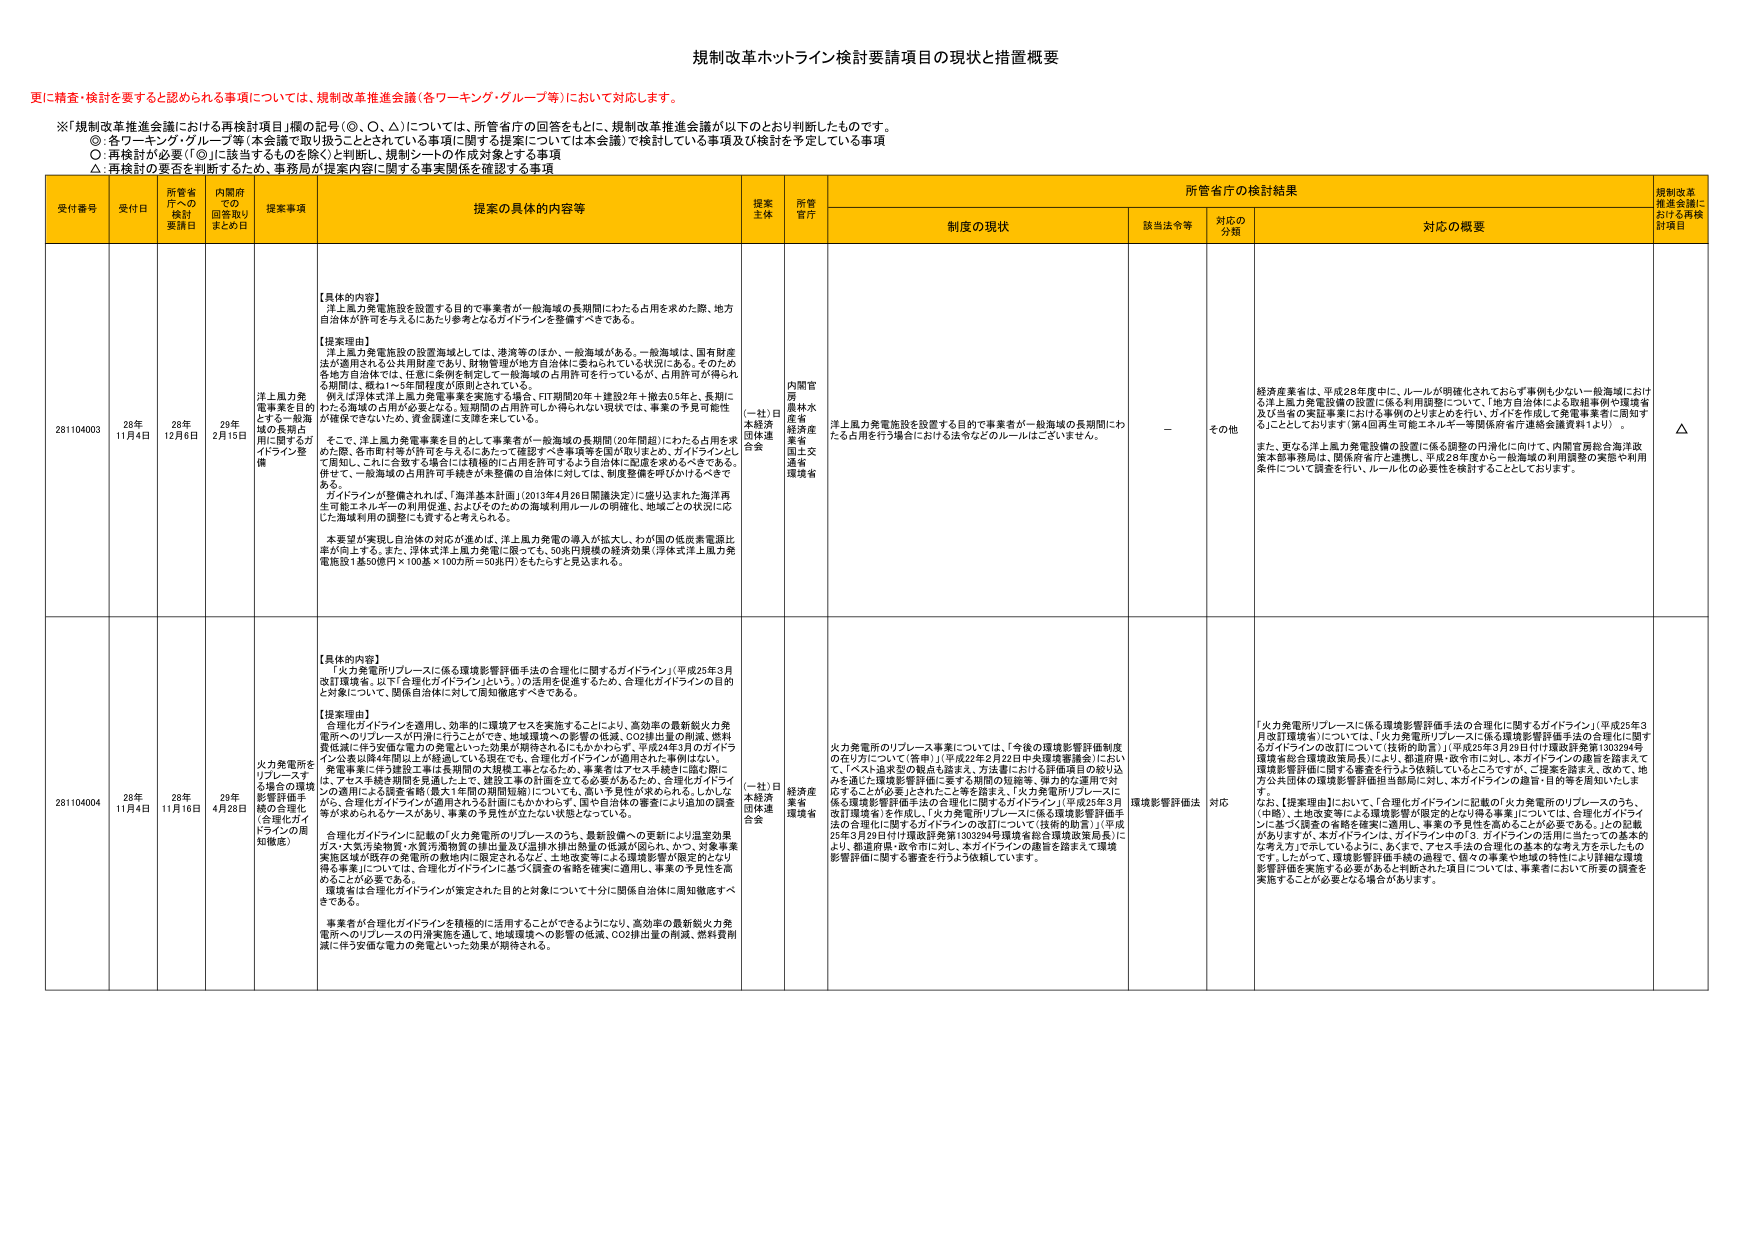
規制改革ホットライン検討要請項目の現状と措置概要

更に精査・検討を要すると認められる事項については、規制改革推進会議（各ワーキング・グループ等）において対応します。

※「規制改革推進会議における再検討項目」欄の記号（◎、○、△）については、所管省庁の回答をもとに、規制改革推進会議が以下のとおり判断したものです。
◎：各ワーキング・グループ等（本会議で取り扱うこととされている事項に関する提案については本会議）で検討している事項及び検討を予定している事項
○：再検討が必要（「◎」に該当するものを除く）と判断し、規制シートの作成対象とする事項
△：再検討の要否を判断するため、事務局が提案内容に関する事実関係を確認する事項

受付番号 受付日 所管省庁への検討要請日 内閣府での回答取りまとめ日 提案事項 提案の具体的内容等 提案主体 所管省庁 所管省庁の検討結果 規制改革推進会議における再検討項目
制度の現状 該当法令等 対応の分類 対応の概要

281104003 28年11月4日 28年12月6日 29年2月15日 洋上風力発電事業を目的とする一般海域の長期占用に関するガイドライン整備 【具体的な内容】
洋上風力発電施設を設置する目的で事業者が一般海域の長期間にわたる占用を求めた際、地方自治体が許可を与えるにあたり参考となるガイドラインを整備すべきである。

【提案理由】
洋上風力発電施設の設置海域としては、港湾等のほか、一般海域がある。一般海域は、国有財産法が適用される公共用財産であり、財物管理が地方自治体に委ねられている状況にある。そのため各地方自治体では、任意に条例を制定して一般海域の占用許可を行っているが、占用許可が得られる期間は、概ね1～5年間程度が原則とされている。
例えば洋岸域洋上風力発電事業を実施する場合、FIT期間20年＋建設2年＋撤去0.5年と、長期にわたる海域の占用が必要となる。短期間の占用許可しか得られない現状では、事業の予見可能性が確保できないため、資金調達に支障を来している。
そこで、洋上風力発電事業を目的として事業者が一般海域の長期間（20年間超）にわたる占用を求める際、各市町村等が許可を与えるにあたって確認すべき事項等を国が取りまとめ、ガイドラインとして周知し、これに合致する場合には積極的に占用を許可するよう自治体に配慮を求めるべきである。併せて、一般海域の占用許可手続を対象都市の自治体に対しては、制度整備を呼びかけるべきである。
ガイドラインが整備されれば、「海洋基本計画」（2013年4月26日閣議決定）に盛り込まれた海洋再生可能エネルギーの利用促進、およびそのための海域利用ルールの明確化、地域ごとの状況に応じた海域利用の調整にも資すると考えられる。
本要望が実現し自治体の対応が進めば、洋上風力発電の導入が拡大し、わが国の低炭素電源比率が向上する。また、浮体式洋上風力発電に限っても、50兆円規模の経済効果（浮体式洋上風力発電施設1基50億円×100基×100万所＝50兆円）をもたらすと見込まれる。 （一社）日本経済団体連合会 内閣官房
農林水産省
経済産業省
国土交通省
環境省 洋上風力発電施設を設置する目的で事業者が一般海域の長期間にわたる占用を行う場合における法令などのルールはございません。 － その他 経済産業省は、平成28年度中に、ルールが明確化されておらず事例も少ない一般海域における洋上風力発電設備の設置に係る利用調整について、「地方自治体による取組事例や環境省及び当省の実証事業における事例のとりまとめを行い、ガイドを作成して発電事業者に周知する」こととしております（第4回再生可能エネルギー等関係府省庁連絡会議資料1.4）。
また、更なる洋上風力発電設備の設置に係る調整の円滑化に向けて、内閣官房総合海洋政策本部推進局は、関係府省庁と連携し、平成28年度から一般海域の利用調整の実態や利用条件について調査を行い、ルール化の必要性を検討することとしております。 △

281104004 28年11月4日 28年11月16日 29年4月26日 火力発電所をリプレースする場合の環境影響評価手続の合理化（合理化ガイドラインの周知徹底） 【具体的な内容】
「火力発電所リプレースに係る環境影響評価手法の合理化に関するガイドライン」（平成23年3月改訂環境省、以下「合理化ガイドライン」という。）の活用を促進するため、合理化ガイドラインの目的と対象について、関係自治体に対して周知徹底すべきである。

【提案理由】
合理化ガイドラインを適用し、効率的に環境アセスを実施することにより、高効率の最新鋭火力発電所へのリプレースが円滑に行うことができる。地域環境への影響の低減、CO2排出量の削減、燃料費低減に伴う設備発電力の発電といった効果が期待されるにもかかわらず、平成24年3月のガイドライン公表以降4年間以上が経過している現在でも、合理化ガイドラインが適用された事例はない。
発電事業に伴う建設工事は長期間の大規模工事となるため、事業者はアセス手続きに臨む際に、アセス手続き期間を見通した上で、建設工事の計画を立てる必要があるため、合理化ガイドラインの適用による調査を終了最大1年間の期間短縮については、高い予見性が求められる。しかしながら、合理化ガイドラインが適用される3計画にもかかわらず、国や自治体の審査により追加の調査等が求められるケースがあり、事業の予見性が立たない状態となっている。
合理化ガイドラインに記載の「火力発電所のリプレースのうち、最新設備への更新により温室効果ガス・大気汚染物質・水質汚濁物質の排出量及び温排水排出熱量の低減が図られ、かつ、対象事業実施区域（既存の発電所の敷地内に限定されるなど、土地収束等による環境影響が限定的とされる事業）については、合理化ガイドラインに基づく調査の省略を確実に適用し、事業の予見性を高めることが必要である。
現状は合理化ガイドラインが定められた目的と対象について十分に関係自治体に周知徹底すべきである。
事業者が合理化ガイドラインを積極的に活用することができるようになり、高効率の最新鋭火力発電所へのリプレースの円滑実施を通して、地域環境への影響の低減、CO2排出量の削減、燃料費削減に伴う安価な電力の発電といった効果が期待される。 （一社）日本経済団体連合会 経済産業省
環境省 火力発電所のリプレース事業については、「今後の環境影響評価制度の在り方について（答申）」（平成22年2月22日中央環境審議会）において、「ベスト追求型の観点も踏まえ、方法論における評価項目の絞り込みを通じた環境影響評価に要する期間の短縮等、導入的な運用で対応することが必要」とされたこと等を踏まえ、「火力発電所リプレースに係る環境影響評価手法の合理化に関するガイドライン」（平成25年3月改訂環境省）を作成し、「火力発電所リプレースに係る環境影響評価手法の合理化に関するガイドラインの改訂について（技術的助言）」（平成25年3月29日付け環境評発第1303294号環境省総合環境政策局長）により、都道府県・政令市に対し、本ガイドラインの趣旨を踏まえて環境影響評価に関する審査を行うよう依頼しています。 環境影響評価法 対応 「火力発電所リプレースに係る環境影響評価手法の合理化に関するガイドライン」（平成23年3月改訂環境省）については、「火力発電所リプレースに係る環境影響評価手法の合理化に関するガイドラインの改訂について（技術的助言）」（平成25年3月29日付け環境評発第1303294号環境省総合環境政策局長）により、都道府県・政令市に対し、本ガイドラインの趣旨を踏まえて環境影響評価に関する審査を行うよう依頼していることですが、ご提案を踏まえ、改めて、地方公共団体の環境影響評価担当部局に対し、本ガイドラインの趣旨・目的等を周知いたします。
なお、【提案理由】において、「合理化ガイドラインに記載の「火力発電所のリプレースのうち、（中略）、土地収束等による環境影響が限定的となり得る事業」については、合理化ガイドラインに基づく調査の省略を確実に適用し、事業の予見性を高めることが必要である。」との記載がありますが、本ガイドラインは、ガイドライン中の「3．ガイドラインの活用に当たっての基本的な考え方」で示しているように、あくまで、アセス手法の合理化の基本的な考え方を示したものですが、環境影響評価手続の適切な運用、個々の事業や地域の特性により詳細な環境影響評価を実施する必要があると判断された項目については、事業者において所要の調査を実施することが必要となる場合があります。